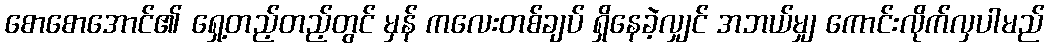
စောစောအောင်၏ ရှေ့တည့်တည့်တွင် မှန် ကလေးတစ်ချပ် ရှိနေခဲ့လျှင် အဘယ်မျှ ကောင်းလိုက်လှပါမည်